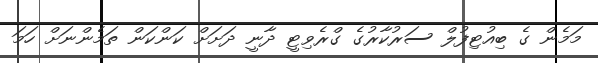
މަމެން ގެ ބިއުޓިފުލް ސަރުކާރުގެ ގްރެވިޓީ ދާނީ ދަށަށް ކަންކަން ތަމެންނަށް ހަމަ